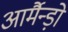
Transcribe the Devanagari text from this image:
आर्मैन्ड़ो